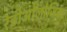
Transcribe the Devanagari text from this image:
रेडीओलोजिक